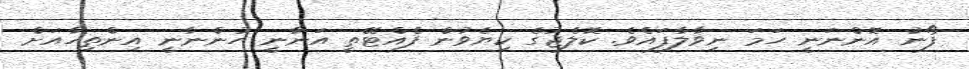
ފޯނު އޮންނަނީ ހަމަ ނިވާލާފައެވެ. ކޮލެޖުގެ ކިޔެވުން ފެއްޓޭތީ އަނާނީ ހުންނާނީ އިންތިހާއަށް